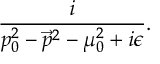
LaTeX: \frac { i } { p _ { 0 } ^ { 2 } - \vec { p } ^ { 2 } - \mu _ { 0 } ^ { 2 } + i \epsilon } .